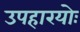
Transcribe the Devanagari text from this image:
उपहारयोः